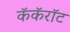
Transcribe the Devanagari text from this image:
कॅकॅरॉट